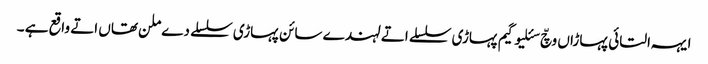
ایہہ التائی پہاڑاں وچّ سئلیوگیم​ پہاڑی سلسلے اتے لہندے سائن پہاڑی سلسلے دے ملن تھاں اتے واقع ہے ۔